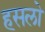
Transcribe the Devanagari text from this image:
हसलो